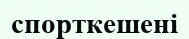
спорткешені